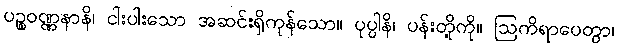
ပဉ္စဝဏ္ဏနာနိ၊ ငါးပါးသော အဆင်းရှိကုန်သော။ ပုပ္ပါနိ၊ ပန်းတို့ကို။ ဩကိရာပေတွာ၊